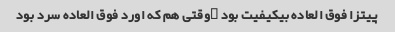
پیتزا فوق العاده بیکیفیت بود …وقتی هم که اورد فوق العاده سرد بود